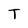
Character: T